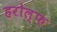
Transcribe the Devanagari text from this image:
हरोल्फ़